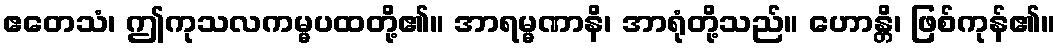
ဧတေသံ၊ ဤကုသလကမ္မပထတို့၏။ အာရမ္မဏာနိ၊ အာရုံတို့သည်။ ဟောန္တိ၊ ဖြစ်ကုန်၏။